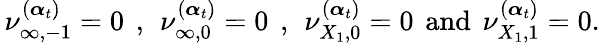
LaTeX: \, \nu_{\infty,-1}^{(\boldsymbol{\alpha}_{t})}=0\, \mathrm{~,~}\, \nu_{\infty,0}^{(\boldsymbol{\alpha}_{t})}=0\, \mathrm{~,~}\, \nu_{{X_{1}},0}^{(\boldsymbol{\alpha}_{t})}=0\, \mathrm{~and~}\, \nu_{{X_{1}},1}^{(\boldsymbol{\alpha}_{t})}=0.